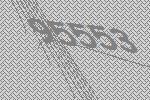
95553